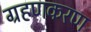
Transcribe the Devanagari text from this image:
ग्रहणकरण